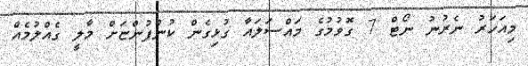
މިއަހަރު ނެރުނު ނޯޓް 7 ގޮވުމުގެ މައްސަލައާ ގުޅިގެން ކުންފުންޏަށް މާލީ ގެއްލުމެއް